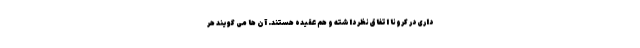
داری در کرونا اتفاق نظر داشته و هم عقیده هستند. آن ها می گویند هر